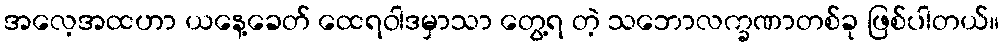
အလေ့အထဟာ ယနေ့ခေတ် ထေရဝါဒမှာသာ တွေ့ရ တဲ့ သဘောလက္ခဏာတစ်ခု ဖြစ်ပါတယ်။